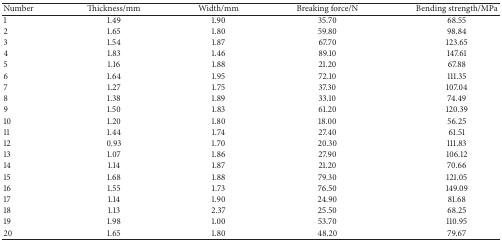
| Number | Thickness/mm | Width/mm | Breaking force/N | Bending strength/MPa |
 | --- | --- | --- | --- | --- |
 | 1 | 1.49 | 1.90 | 35.70 | 68.55 |
 | 2 | 1.65 | 1.80 | 59.80 | 98.84 |
 | 3 | 1.54 | 1.87 | 67.70 | 123.65 |
 | 4 | 1.83 | 1.46 | 89.10 | 147.61 |
 | 5 | 1.16 | 1.88 | 21.20 | 67.88 |
 | 6 | 1.64 | 1.95 | 72.10 | 111.35 |
 | 7 | 1.27 | 1.75 | 37.30 | 107.04 |
 | 8 | 1.38 | 1.89 | 33.10 | 74.49 |
 | 9 | 1.50 | 1.83 | 61.20 | 120.39 |
 | 10 | 1.20 | 1.80 | 18.00 | 56.25 |
 | 11 | 1.44 | 1.74 | 27.40 | 61.51 |
 | 12 | 0.93 | 1.70 | 20.30 | 111.83 |
 | 13 | 1.07 | 1.86 | 27.90 | 106.12 |
 | 14 | 1.14 | 1.87 | 21.20 | 70.66 |
 | 15 | 1.68 | 1.88 | 79.30 | 121.05 |
 | 16 | 1.55 | 1.73 | 76.50 | 149.09 |
 | 17 | 1.14 | 1.90 | 24.90 | 81.68 |
 | 18 | 1.13 | 2.37 | 25.50 | 68.25 |
 | 19 | 1.98 | 1.00 | 53.70 | 110.95 |
 | 20 | 1.65 | 1.80 | 48.20 | 79.67 |